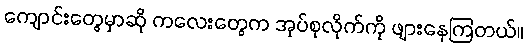
ကျောင်းတွေမှာဆို ကလေးတွေက အုပ်စုလိုက်ကို ဖျားနေကြတယ်။